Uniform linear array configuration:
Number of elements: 48
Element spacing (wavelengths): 0.25
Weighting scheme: cosine
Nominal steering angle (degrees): -30
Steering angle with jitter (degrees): -28.972
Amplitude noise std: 0.05
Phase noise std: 0.05

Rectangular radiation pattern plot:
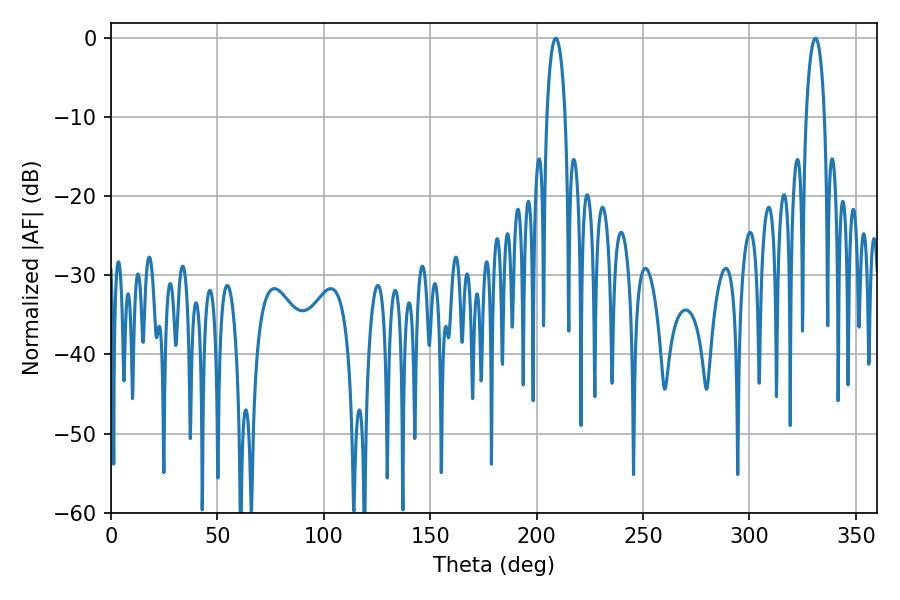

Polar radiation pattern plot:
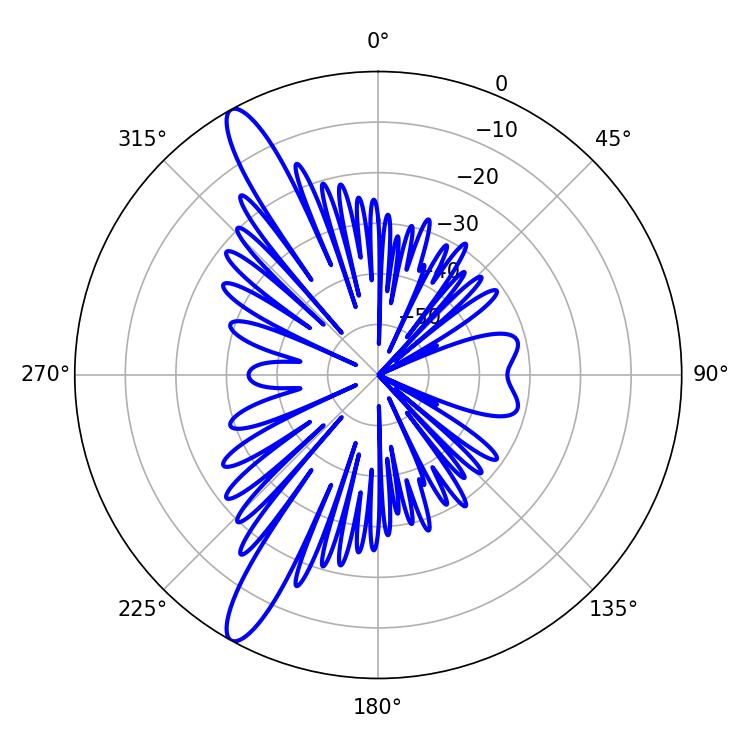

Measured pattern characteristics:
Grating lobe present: FALSE
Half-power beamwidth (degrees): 4.86
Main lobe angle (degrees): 208.98